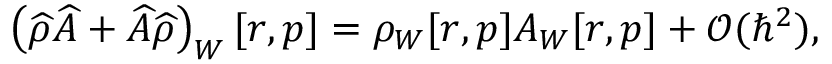
\left( \widehat { \rho } \widehat { A } + \widehat { A } \widehat { \rho } \right) _ { W } [ r , p ] = \rho _ { W } [ r , p ] A _ { W } [ r , p ] + \mathcal { O } ( \hbar ^ { 2 } ) ,